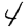
Digit: 4